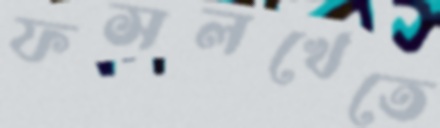
ফসলখেতে